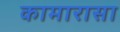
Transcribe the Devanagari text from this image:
कामारासा